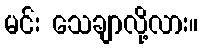
မင်း သေချာလို့လား။